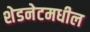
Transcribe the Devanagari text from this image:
शेडनेटमधील